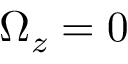
\Omega _ { z } = 0